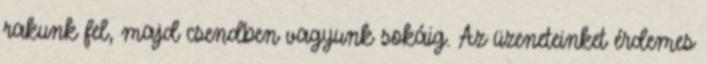
rakunk fel, majd csendben vagyunk sokáig. Az üzeneteinket érdemes